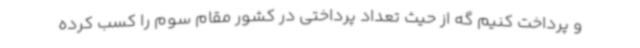
و پرداخت کنیم گه از حیث تعداد پرداختی در کشور مقام سوم را کسب کرده